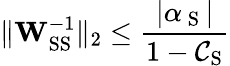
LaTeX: \lVert\mathbf{W}_{\mathrm{SS}}^{-1}\rVert_{2}\leq\frac{|\alpha_{\mathrm{~S~}}|}{1-\mathcal{C}_{\mathrm{S}}}